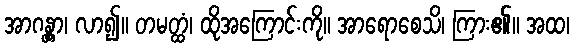
အာဂန္တွာ၊ လာ၍။ တမတ္ထံ၊ ထိုအကြောင်းကို။ အာရောစေသိ၊ ကြား၏။ အထ၊